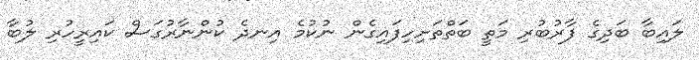
ލައިބާ ބަދިގެ ފާރުބުރި މަތީ ބަތްތަށިހިފައިގެން ނުކުމެ އިނދެ ކުންނާރުގަސް ކައިރީހުރި ލުބާ